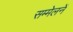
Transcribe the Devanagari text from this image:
सम्मेलनें